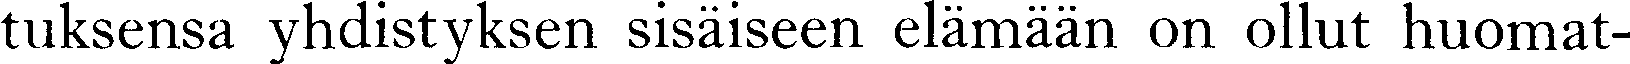
tuksensa yhdistyksen sisäiseen elämään on ollut huomat-